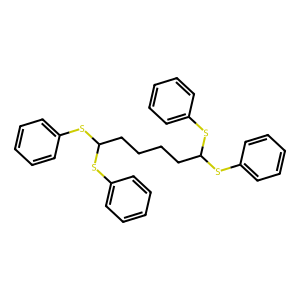
SMILES: c1ccc(SC(CCCCC(Sc2ccccc2)Sc2ccccc2)Sc2ccccc2)cc1
Inhibits HIV replication: No